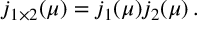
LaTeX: j _ { 1 \times 2 } ( \mu ) = j _ { 1 } ( \mu ) j _ { 2 } ( \mu ) \, .